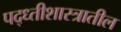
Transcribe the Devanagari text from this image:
पद्ध्तीशास्त्रातील